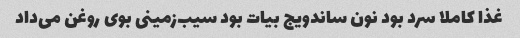
غذا کاملا سرد بود نون ساندویج بیات بود سیب‌زمینی بوی روغن می‌داد